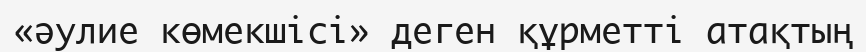
«әулие көмекшісі» деген құрметті атақтың